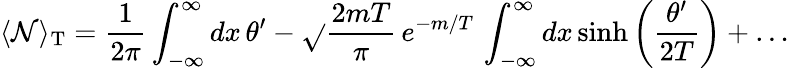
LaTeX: \langle\mathcal{N}\rangle_{\mathrm{{T}}}=\frac{{1}}{{2\pi}}\int_{-\infty}^{\infty}dx\, \theta^{\prime}-\sqrt{}{{\frac{{2mT}}{{\pi}}}}\, e^{-m/T}\, \int_{-\infty}^{\infty}dx\, \mathrm{{sinh}}\left(\frac{{\theta^{\prime}}}{{2T}}\right)+\dots